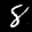
Label: 8